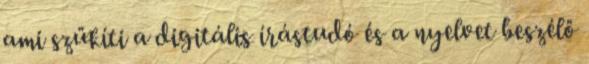
ami szűkíti a digitális írástudó és a nyelvet beszélő